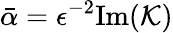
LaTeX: \bar{\alpha}=\epsilon^{-2}\mathrm{Im}(\mathcal{K})